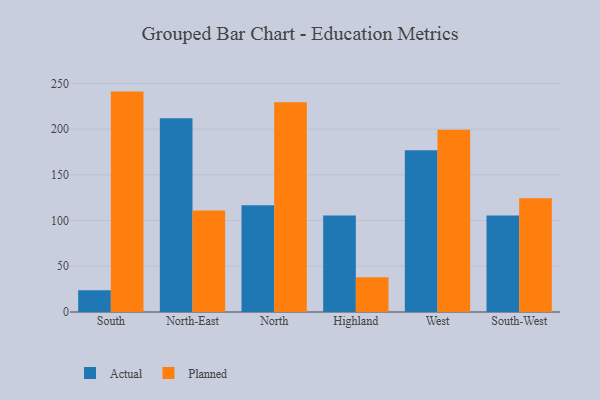
{"axis": {"x": "Region", "y": "Conversion Rate (%)"}, "legend": ["Actual", "Planned"], "data": [{"x": "South", "y": 23.8, "type": "Actual"}, {"x": "South", "y": 241.0, "type": "Planned"}, {"x": "North-East", "y": 211.8, "type": "Actual"}, {"x": "North-East", "y": 110.9, "type": "Planned"}, {"x": "North", "y": 116.6, "type": "Actual"}, {"x": "North", "y": 229.3, "type": "Planned"}, {"x": "Highland", "y": 105.5, "type": "Actual"}, {"x": "Highland", "y": 37.9, "type": "Planned"}, {"x": "West", "y": 177.0, "type": "Actual"}, {"x": "West", "y": 199.2, "type": "Planned"}, {"x": "South-West", "y": 105.5, "type": "Actual"}, {"x": "South-West", "y": 124.5, "type": "Planned"}]}